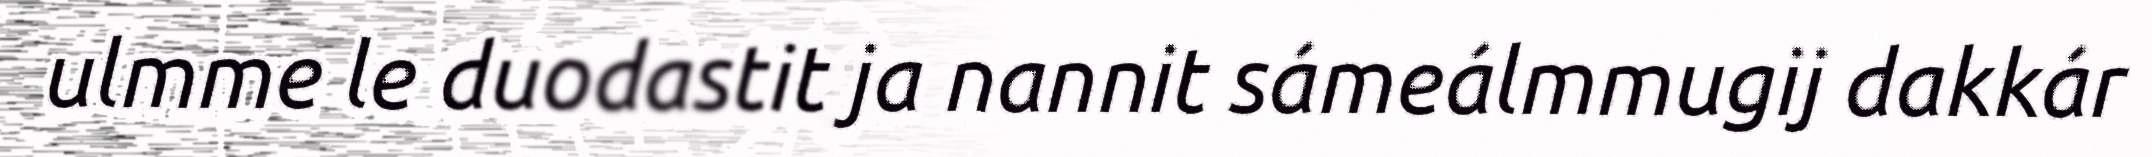
ulmme le duodastit ja nannit sámeálmmugij dakkár